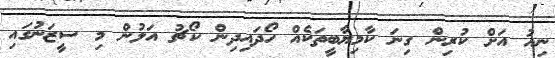
ނިއު އަށް ކުރިން ގިނަ ކާމިޔާބީތަކެއް ހޯދައިދިން ކޯޗު އަލުން މި ސީޒަނުގައި